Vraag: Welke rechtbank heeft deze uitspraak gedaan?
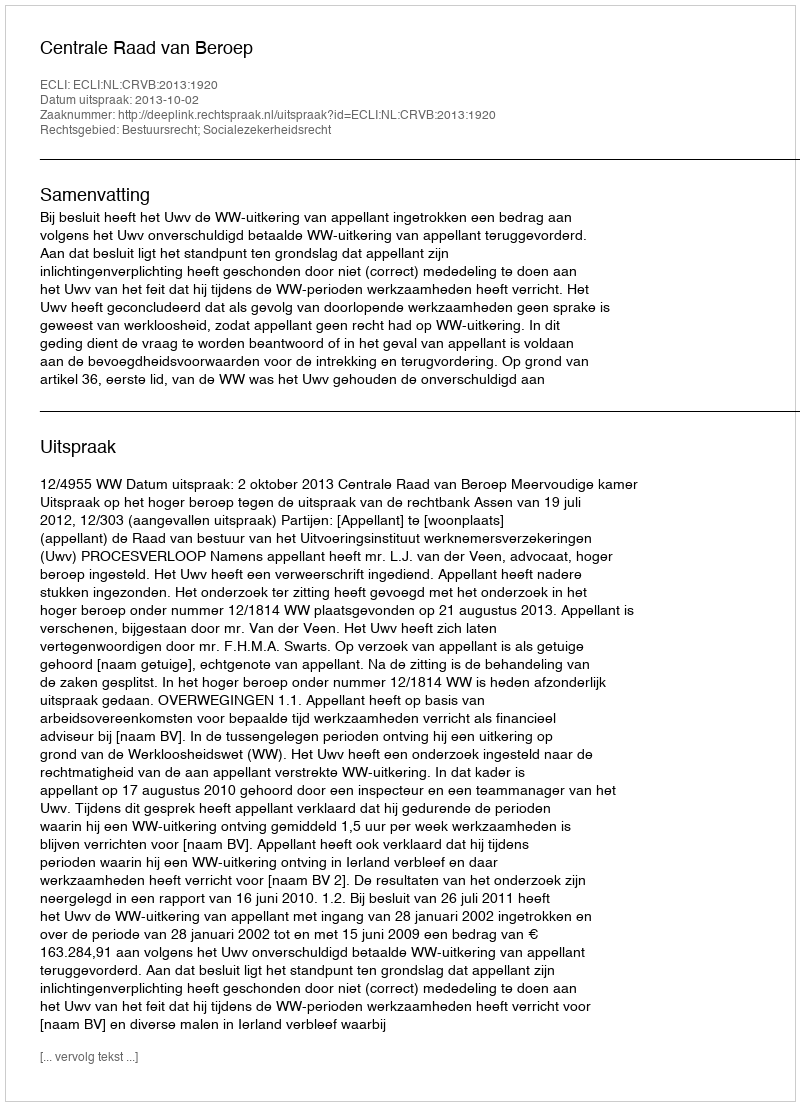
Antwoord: Centrale Raad van Beroep